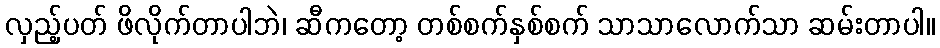
လှည့်ပတ် ဖိလိုက်တာပါဘဲ၊ ဆီကတော့ တစ်စက်နှစ်စက် သာသာလောက်သာ ဆမ်းတာပါ။